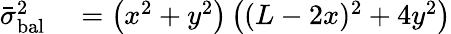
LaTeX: \begin{array}{rl}{\bar{\sigma}_{\mathrm{bal}}^{2}}&{{}=\left(x^{2}+y^{2}\right)\left((L-2x)^{2}+4y^{2}\right)}\end{array}